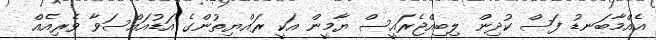
އެއްމާބަނޑު ފަސް ކުދިން ލިބިއްޖެރައީސް ޔާމީން އަކީ ރައްޔިތުންގެ އަޑުއައްސަވާ ވެރިއެއް